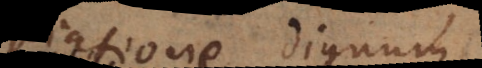
expiatione dignum